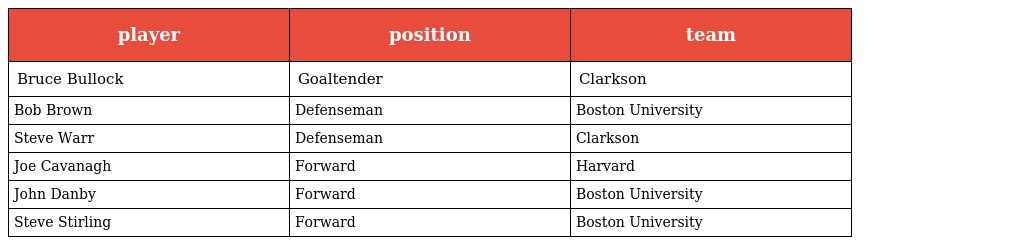
| player | position | team |
 | --- | --- | --- |
 | Bruce Bullock | Goaltender | Clarkson |
 | Bob Brown | Defenseman | Boston University |
 | Steve Warr | Defenseman | Clarkson |
 | Joe Cavanagh | Forward | Harvard |
 | John Danby | Forward | Boston University |
 | Steve Stirling | Forward | Boston University |